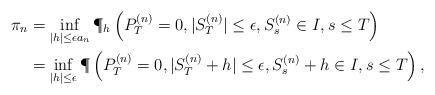
LaTeX: \begin{align*} \pi_n &= \inf_{|h| \leq \epsilon a_n} \P_h\left( P^{(n)}_T = 0, |S^{(n)}_T| \leq \epsilon, S^{(n)}_s \in I, s \leq T \right)\\ &= \inf_{|h| \leq \epsilon} \P\left( P^{(n)}_T = 0, |S^{(n)}_{T}+h| \leq \epsilon, S^{(n)}_s + h \in I, s \leq T \right),\end{align*}